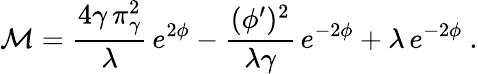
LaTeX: {\cal M}={\frac{4\gamma\, \pi_{\gamma}^{2}}{\lambda}}\, e^{2\phi}-{\frac{(\phi^{\prime})^{2}}{\lambda\gamma}}\, e^{-2\phi}+\lambda\, e^{-2\phi}~.